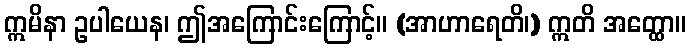
ဣမိနာ ဥပါယေန၊ ဤအကြောင်းကြောင့်။ (အာဟာရေတိ၊) ဣတိ အတ္ထော။